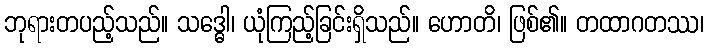
ဘုရားတပည့်သည်။ သဒ္ဓေါ၊ ယုံကြည့်ခြင်းရှိသည်။ ဟောတိ၊ ဖြစ်၏။ တထာဂတဿ၊